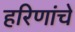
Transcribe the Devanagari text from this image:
हरिणांचे